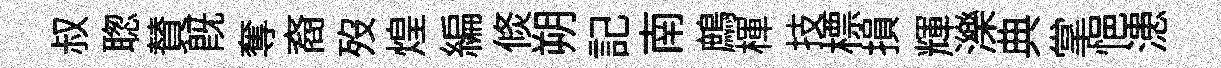
叔聦賛旣奪裔歿煌編倐朔記南鷓楎技標損輝濼典掌悒漶